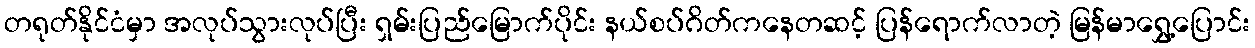
တရုတ်နိုင်ငံမှာ အလုပ်သွားလုပ်ပြီး ရှမ်းပြည်မြောက်ပိုင်း နယ်စပ်ဂိတ်ကနေတဆင့် ပြန်ရောက်လာတဲ့ မြန်မာရွှေ့ပြောင်း